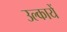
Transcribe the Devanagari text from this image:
उल्कायें